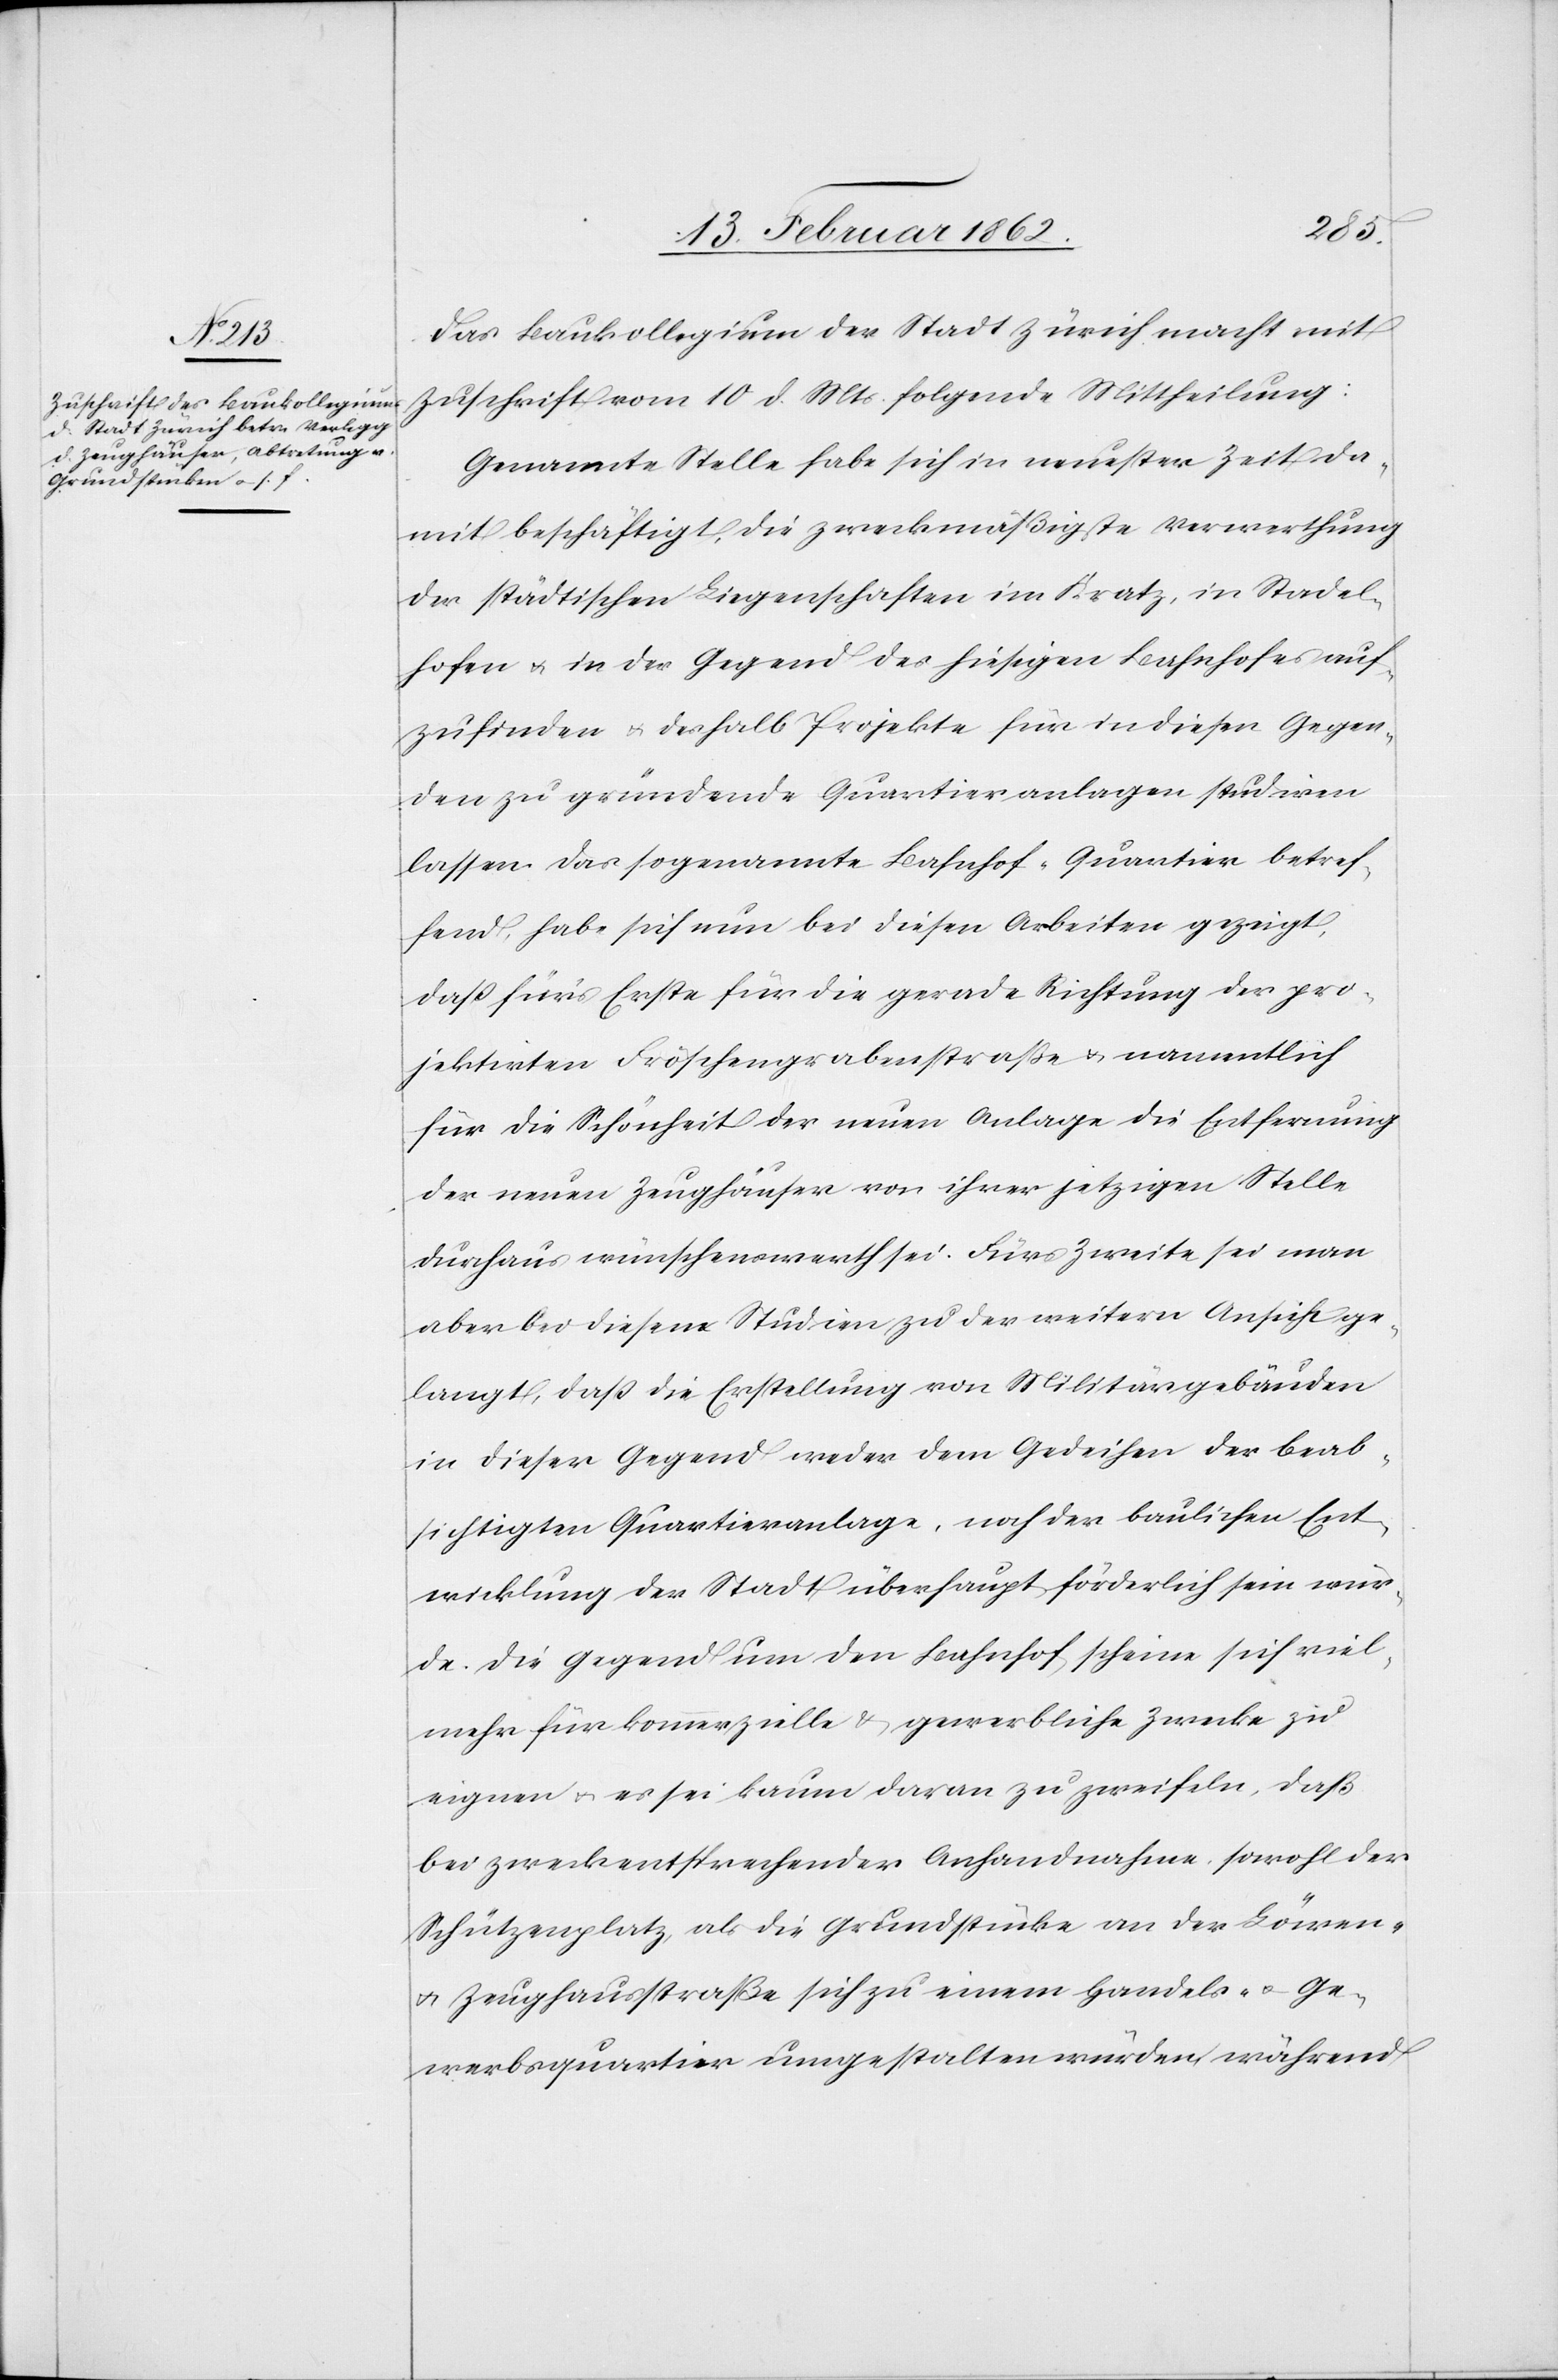
Das Baukollegium der Stadt Zürich macht mit
Zuschrift vom 10 d. Mts. folgende Mittheilung:
Genannte Stelle habe sich in neuester Zeit da¬
mit beschäftigt, die zweckmäßigste Verwerthung
der städtischen Liegenschaften im Kratz, in Stadel¬
hofen u. in der Gegend des hiesigen Bahnhofes auf¬
zufinden u. deshalb Projekte für in diesen Gegen¬
den zu gründende Quartiersanlagen studiren
lassen. Das sogenannte Bahnhof-Quartier betref¬
fend, habe sich nun bei diesen Arbeiten gezeigt,
daß für’s Erste für die gerade Richtung der pro¬
jektirten Fröschengrabenstraße u. namentlich
für die Schönheit der neuen Anlage die Entfernung
der neuen Zeughäuser von ihrer jetzigen Stelle
durchaus wünschenswerth sei. Fürs Zweite sei man
aber bei diesen Studien zu der weitern Ansicht ge¬
langt, daß die Erstellung von Militärgebäuden
in dieser Gegend weder dem Gedeihen der beab¬
sichtigten Quartieranlage, noch der baulichen Ent¬
wicklung der Stadt überhaupt förderlich sein wür¬
de. Die Gegend um den Bahnhof scheine sich viel¬
mehr für kommerzielle & gewerbliche Zwecke zu
eignen u. es sei kaum daran zu zweifeln, daß
bei zweckentsprechender Anhandnahme sowohl der
Schützenplatz, als die Grundstücke an der Löwen-
u. Zeughausstraße sich zu einem Handels- u. Ge¬
werbsquartier umgestalten würden, während